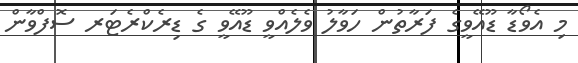
މި އެވޯޑާ ޑޫއޭވީގެ ފަރާތުން ހަވާލު ވެލެއްވީ ޑޫއޭވީ ގެ ޑިރެކްރެޓަރ ސޮފްވާން